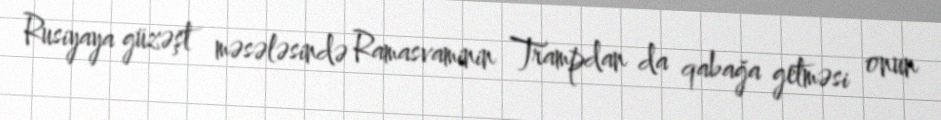
Rusiyaya güzəşt məsələsində Ramasvaminin Trampdan da qabağa getməsi onun